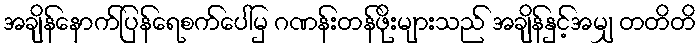
အချိန်နောက်ပြန်ရေစက်ပေါ်မှ ဂဏန်းတန်ဖိုးများသည် အချိန်နှင့်အမျှ တတိတိ